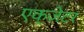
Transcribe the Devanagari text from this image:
एक्ज़ेटर